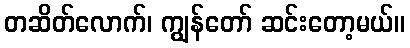
တဆိတ်လောက်၊ ကျွန်တော် ဆင်းတော့မယ်။